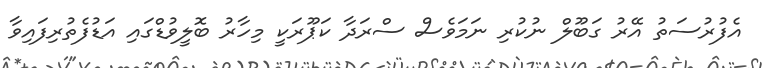
އެފުރުސަތު އޭރު ގަބޫލް ނުކުރި ނަމަވެސް ސްރަދާ ކަޕޫރަކީ މިހާރު ބޮލީވުޑްގައި އަޑުފެތުރިފައިވާ